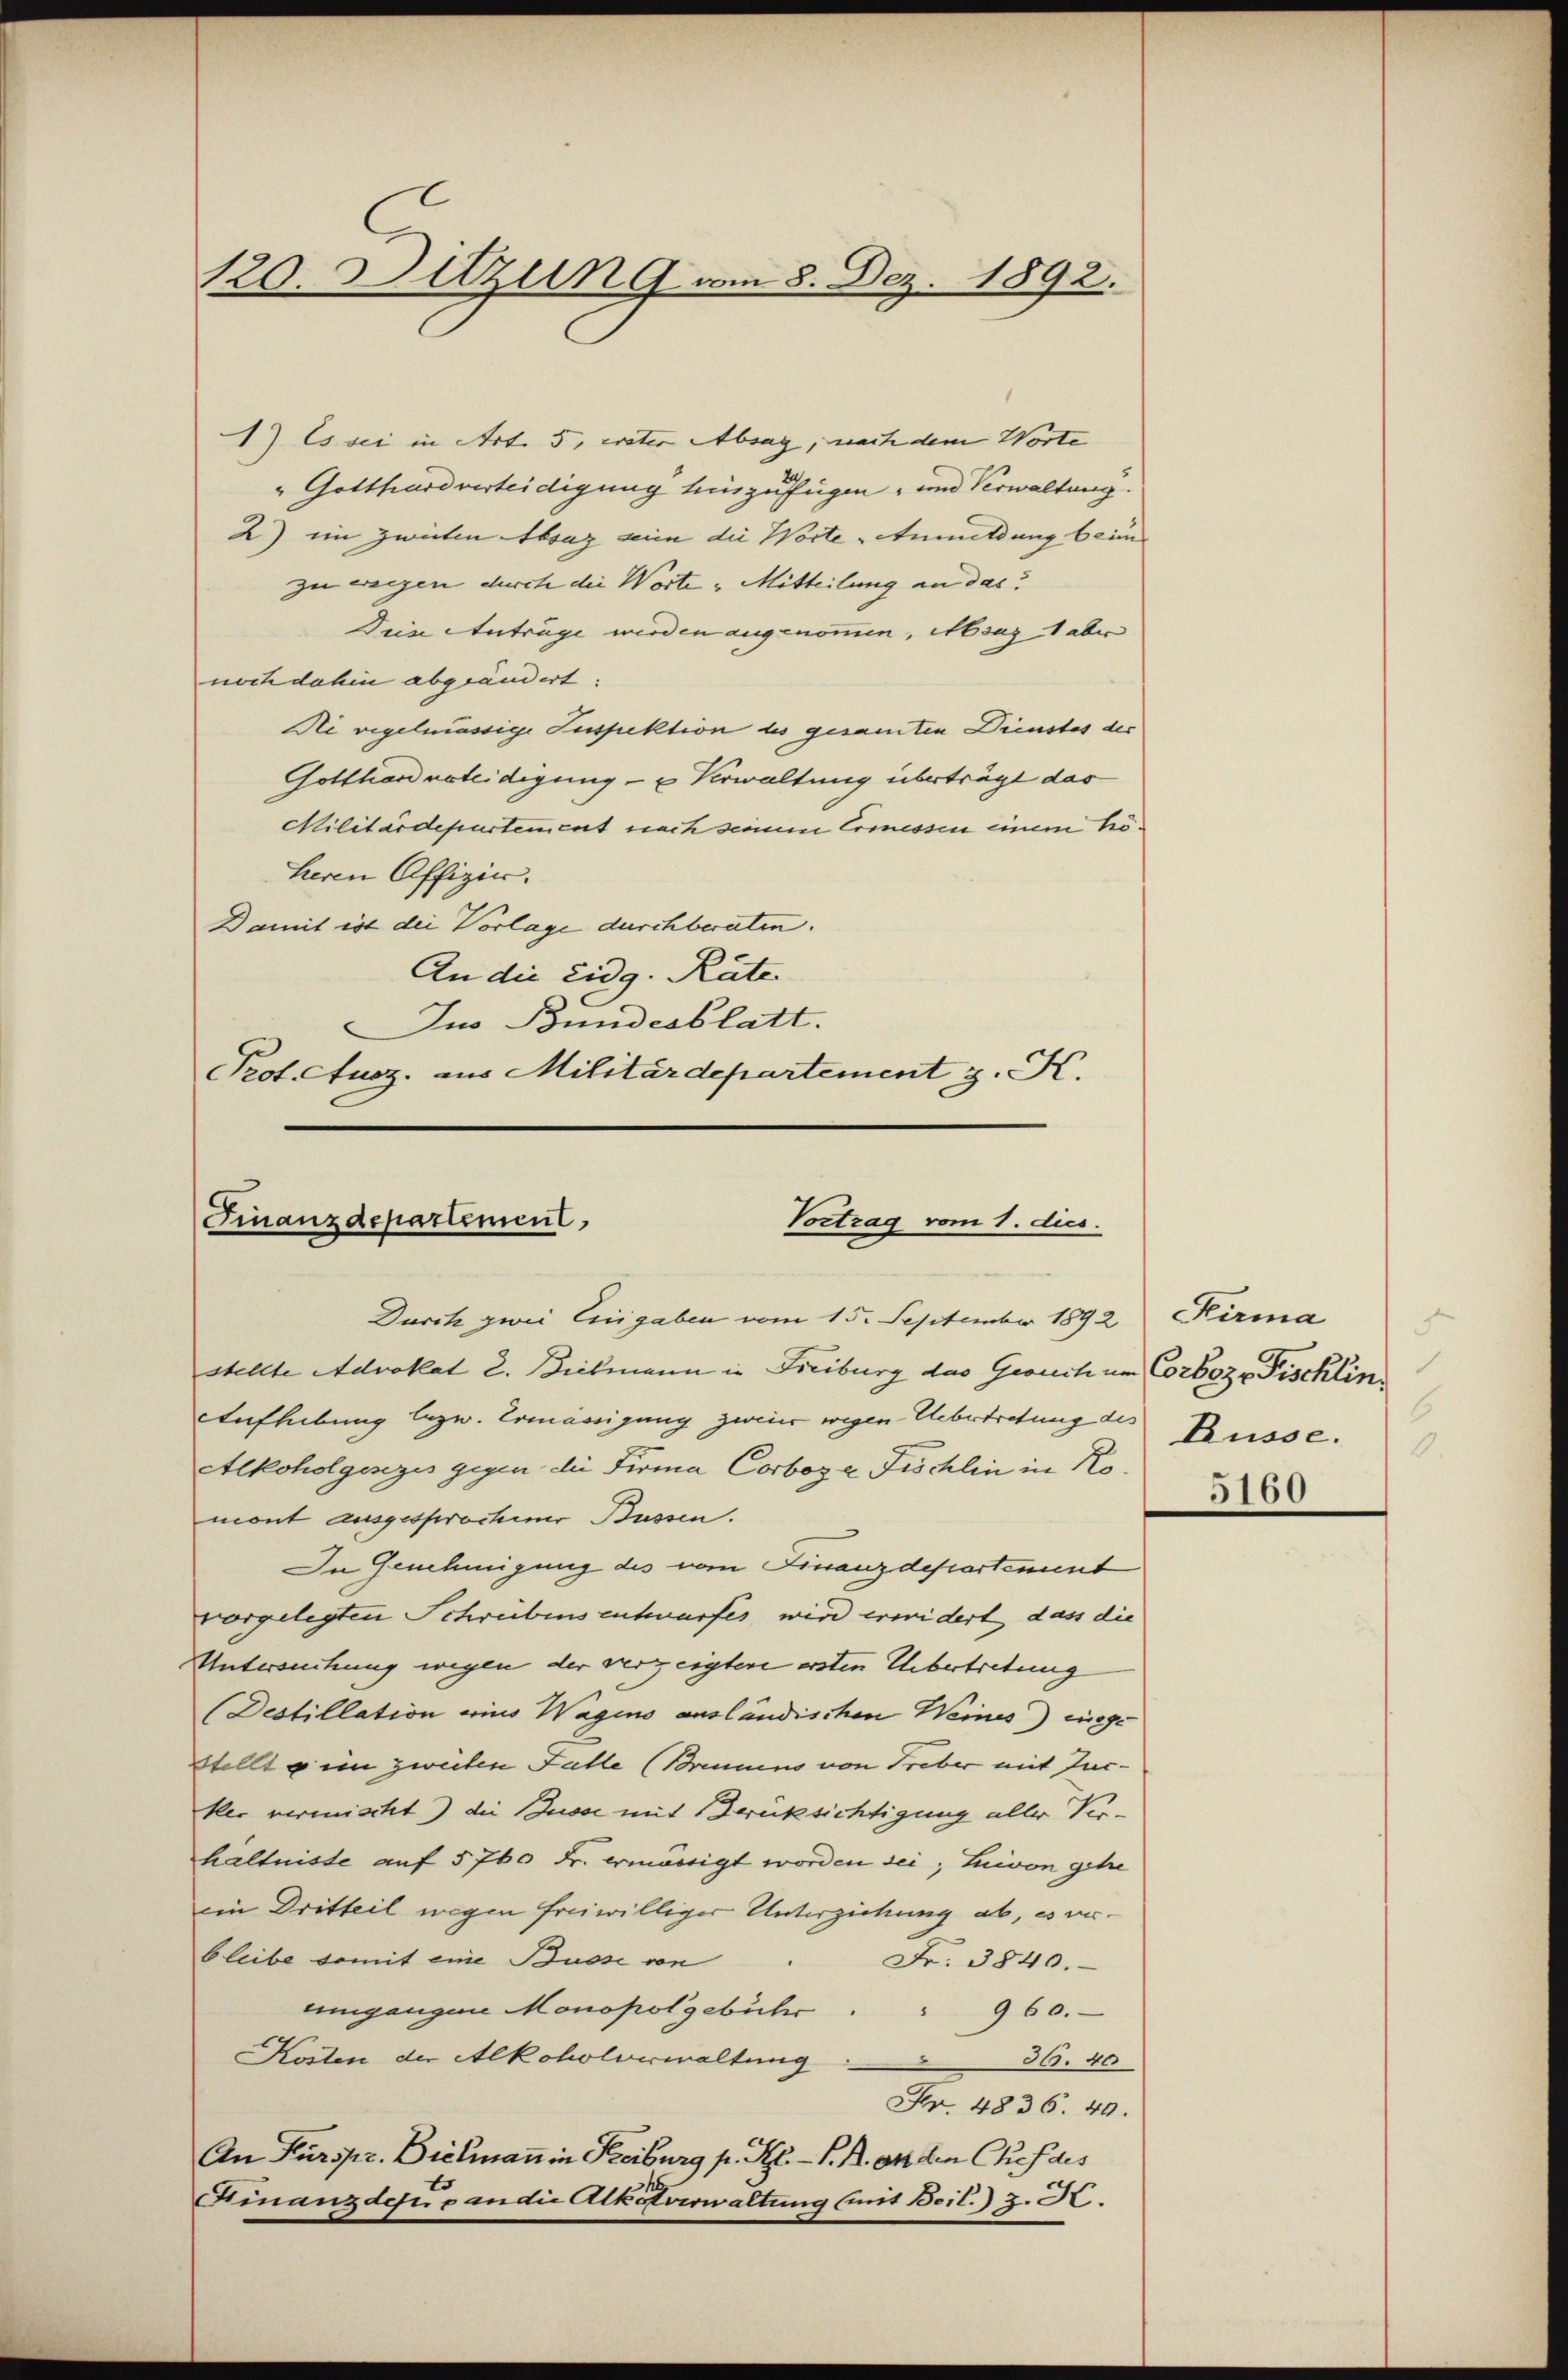
120. Sitzung am 8. Dez. 1892.

1) Es sei in Art. 5, vater Absag, nach dem Worte
" Gotthardverteidigung hinzufügen, und Verwaltung.
2) ein zweiten Absaz ein die Worte Anmeldung beim
zu weigen durch die Worte " Mitteilung an das
Dein Anträge werden angenommen, Msug 1 aber
noch dahin abgeändert.
Nei regelmässige Inspektion des gesamten Dienstes der
Gottharderteidigung - u Verwaltung überträgt das
Militärdepartement nach seinem Ermessen einem ho¬
Herrn Offizier.
Damit ist der Vorlage durchberaten.
An die Eidg. Räte
Jus Bundesblatt.
Prot. Ausz. ins Militärdepartement z. K.

Finanzdepartement,
Vortrag vom 1. dies
Durch zwei Eingaben vom 15. September 1892 Kirma

stellte Advokat 2. Brismann in Freiburg das Gesuch um Corboze Fischlin
Aufhebung bezw. Ermässigung zweier wegen Uebertretung des Busse.
Alkoholgesezes gegen die Firma Corboze Fröchlin in Komont ausgesprochener Bussen.
In Genehmigung des vom Finanzdepartement
vorgelegten Schreibens entwurfes wird erwidert, dass die
Untersuchung wegen der verzeigten ersten Übertretung
(Destillation ains Wagens ausländischen Weines) einge
stellt u im zweiten Falle (Brennens von Treber mit Jucker vermischt) die Busse mit Berüksichtigung aller Verhältnisse auf 5760 Fr. ermässigt worden sei; Livon gehe
ein Dritteil wegen freiwilliger Unterziehung ab, es verbleibe somit eine Busse von
Fr. 3840.
eimgangene Monopol gebühr .. 960.
Kosten der Alkoholverwaltung
59. 40
Fr. 4836. 40.
An Kurspr. Bielmann in Freiburg p. St. P. R. an den Chef des
Finanzdepp an die Alkotverwaltung (mit Beil. z. B.

3
0
5160